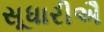
સૂધારીઐ